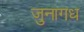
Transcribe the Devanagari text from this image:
जुनागध